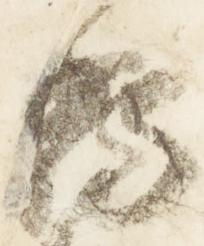
朝